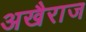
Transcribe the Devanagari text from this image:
अखैराज